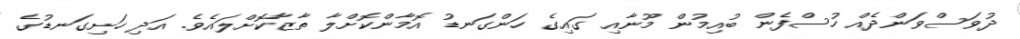
ދުވަސްވަންދެއް ހުސްފެން ބުއިމުން މޫނާއި ގައިގެ ހަންގަނޑު އޮމާންކޮށްލާ ތާޒާކޮށްލައެވެ. އަދި ހަށިގަނޑުގެ